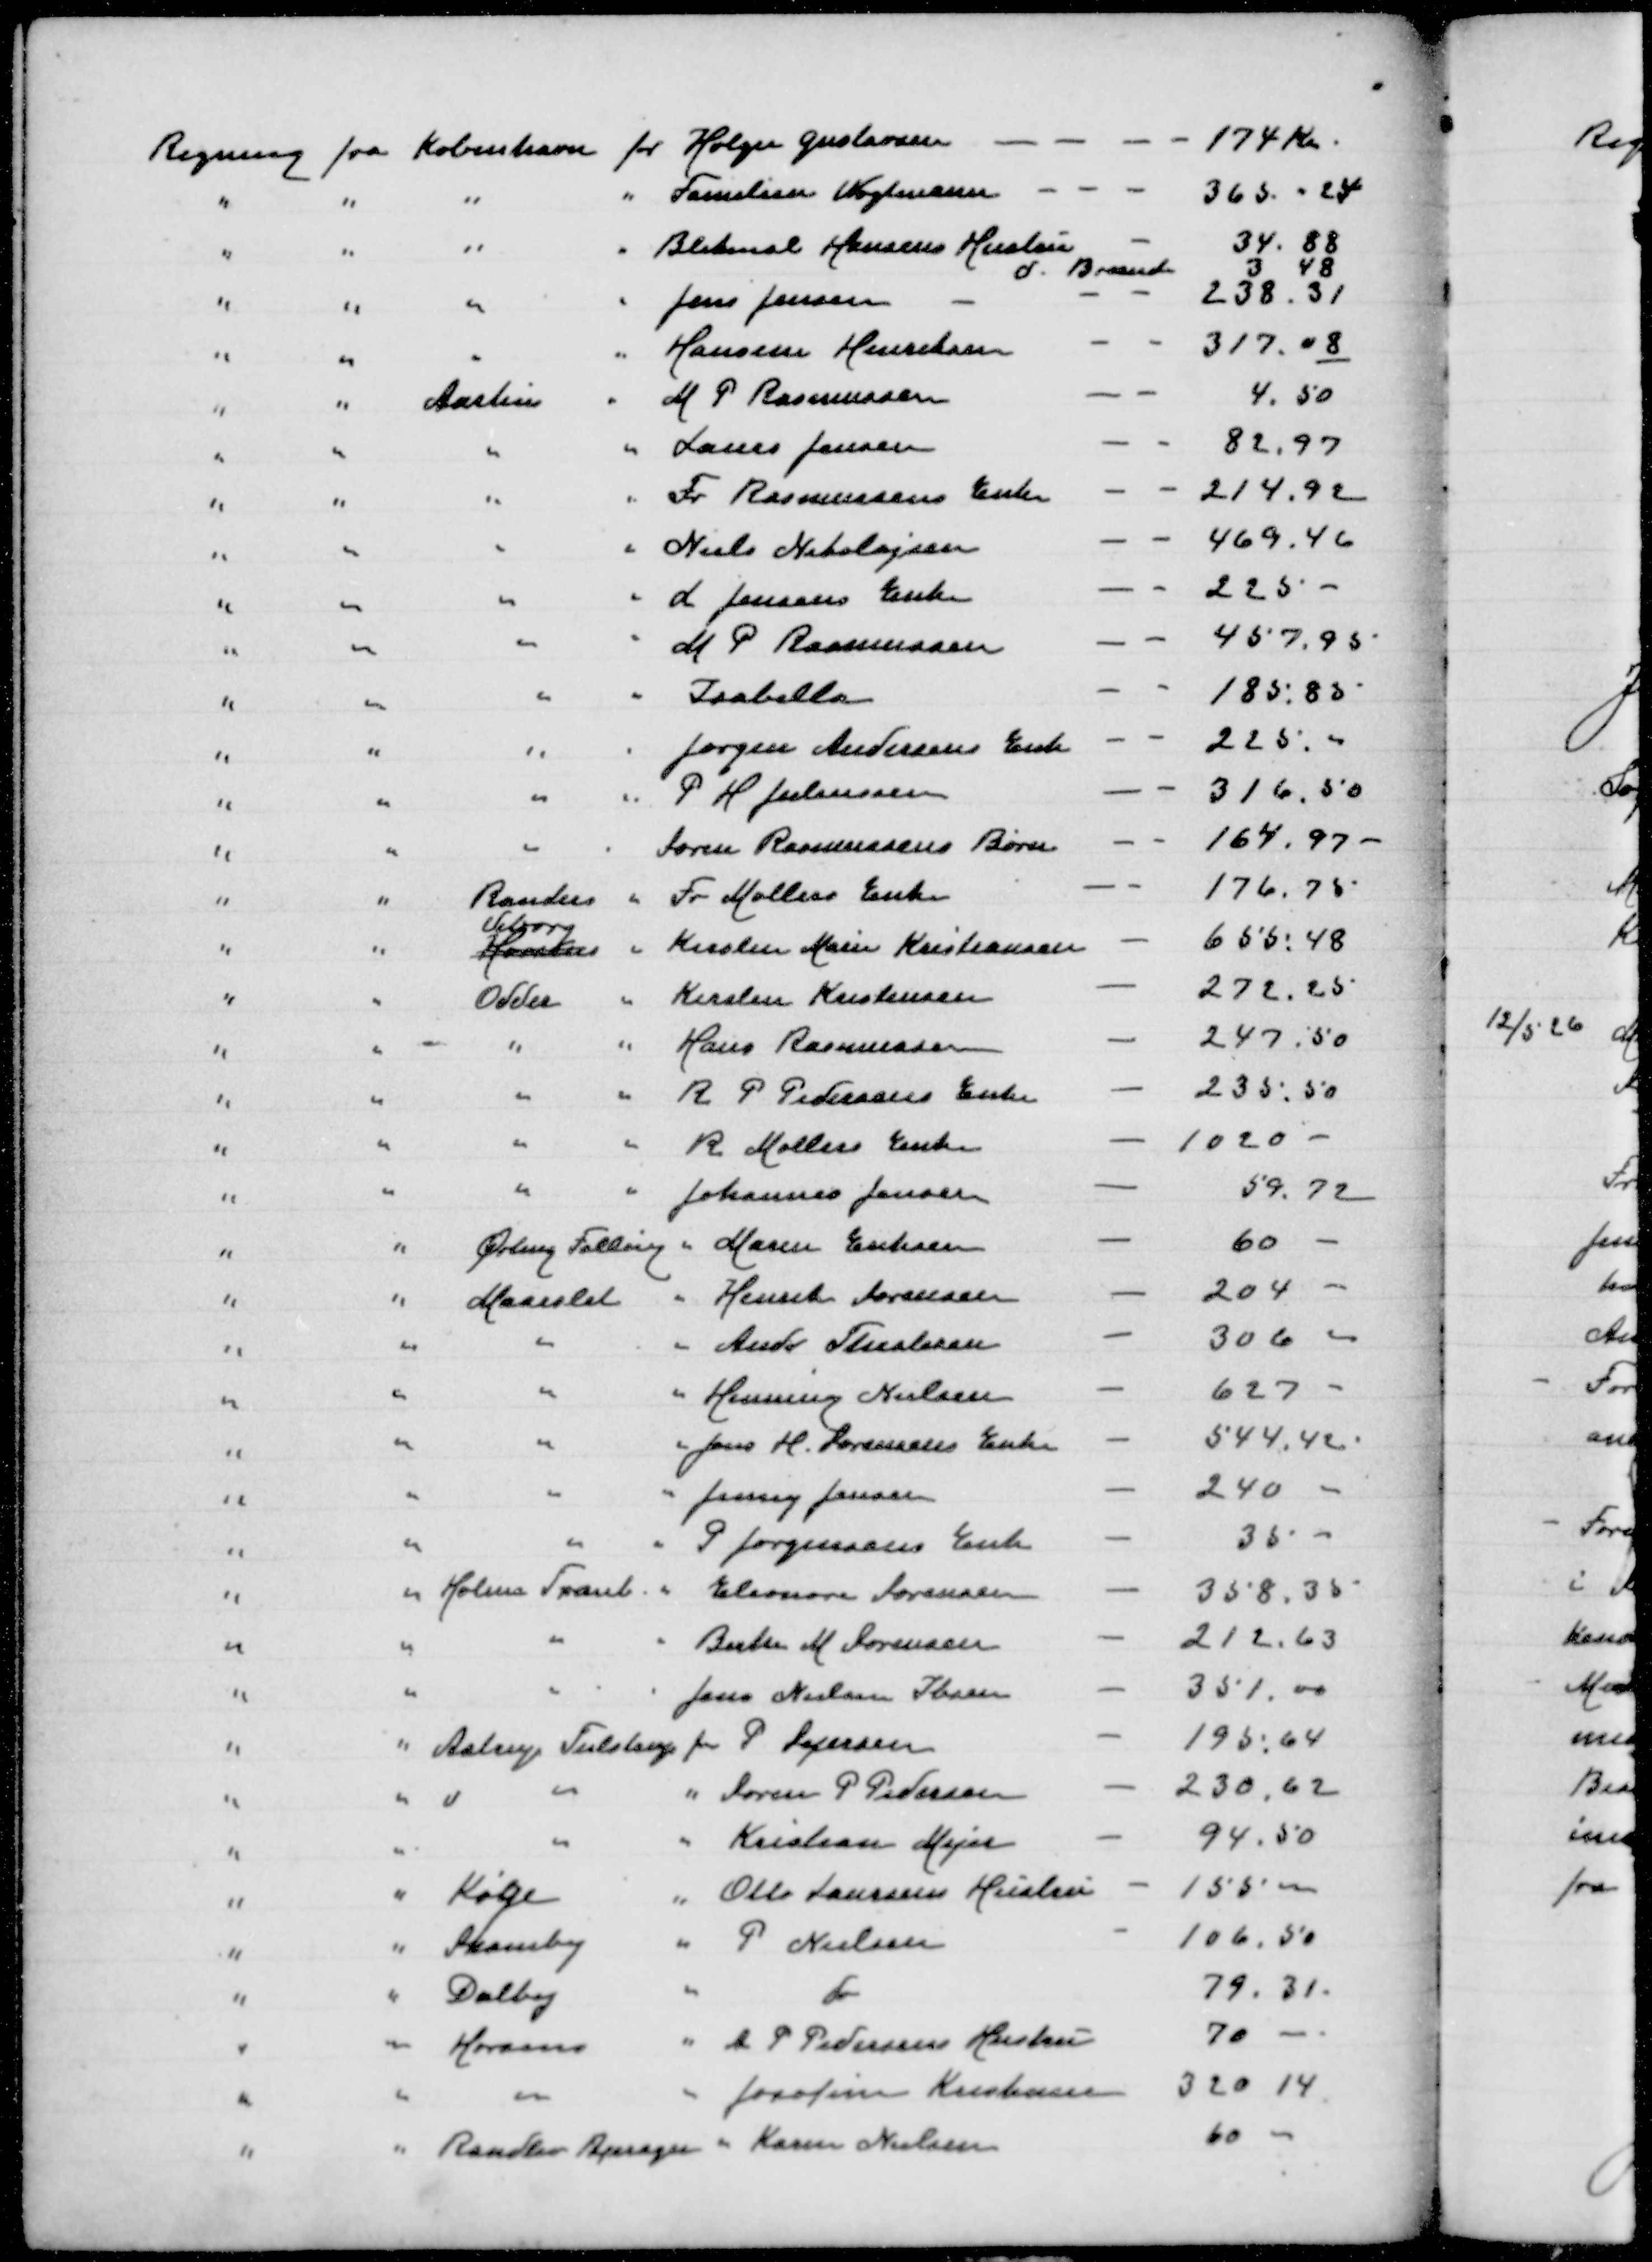
Transskription:
Regning fra København for Holger Gustavsen
174 Kr
" " " " Familien Wogtmann
365 " 24
" " " " Bliksl Hansens Hustru
34.88
d Brænde
3.48
" " " " Jens Jensen
238.31
" " " " Hansine Henriksen
317.08
" " Aarhus " M P Rasmussen
4.50
" " " " Laurs Jensen
82,97
" " " " Fr Rasmussens Enke
214,92
" " " " Niels Nikolajsen
469,46
" " " " L Jensens Enke
225
" " " " M P Rasmussen
457,95
" " " " Isabella
185,85
" " " " Jørgen Andersens Enke
225
" " " " P H Juliussen
316,50
" " " " Søren Rasmussens Børn
164,97
" " Randers " Fr Møllers Enke
176,75
Viborg
" " Horsens " Kirsten Marie Kristiansen
655,48
" " Odder " Kirsten Kristensen
272,25
" " " " Hans Rasmussen
247,50
" " " " R P Pedersens Enke
235,50
" " " " R Møllers Enke
1020
" " " " Johannes Jensen
59,72
" " Ørting Falling " Maren Eriksen
60
" " Maarslet " Henrik Sørensen
204
" " " " Andr Thestesen
306
" " " " Henning Nielsen
627
" " " " Jens H Sørensens Enke
544,42
" " " " Jenny Jensen
240
" " " " P Jørgensens Enke
35
" " Holme Tranb " Eleonora Sørensen
358,35
" " " " Birthe M Sørensen
212,63
" " " " Jens Nielsen Ibsen
351,00
" " Astrup Tulstrup for P Sejersen
195,64
" " " " " Søren P Pedersen
230,62
" " " " Kristian Mejer
94,50
" " Køge " Otto Laursens Hustru
155,00
" " Skamby " P Nielsen
106,50
" " Dalby " d
79,31
" " Horsens " A P Pedersens Hustru
70
" " " " Josefine Kristensen
320,14
" " Randlev Bjerager " Karen Nielsen
60